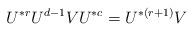
LaTeX: \begin{align*}U^{*r}U^{d-1}VU^{*c}=U^{*(r+1)}V\quad\end{align*}